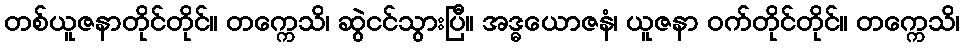
တစ်ယူဇနာတိုင်တိုင်။ တက္ကေသိ၊ ဆွဲငင်သွားပြီ။ အဒ္ဓယောဇနံ၊ ယူဇနာ ဝက်တိုင်တိုင်။ တက္ကေသိ၊